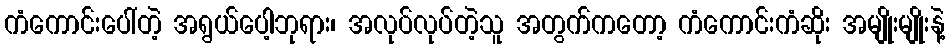
ကံကောင်းပေါ်တဲ့ အရွယ်ပေါ့ဘုရား၊ အလုပ်လုပ်တဲ့သူ အတွက်ကတော့ ကံကောင်းကံဆိုး အမျိုးမျိုးနဲ့